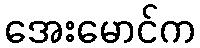
အေးမောင်က